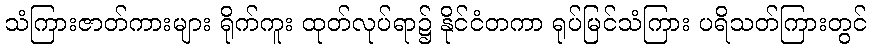
သံကြားဇာတ်ကားများ ရိုက်ကူး ထုတ်လုပ်ရာ၌ နိုင်ငံတကာ ရုပ်မြင်သံကြား ပရိသတ်ကြားတွင်